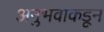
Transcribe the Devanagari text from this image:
अनुभवाकडून